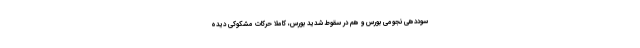
سوددهی نجومی بورس و هم در سقوط شدید بورس، کاملاً حرکات مشکوکی دیده